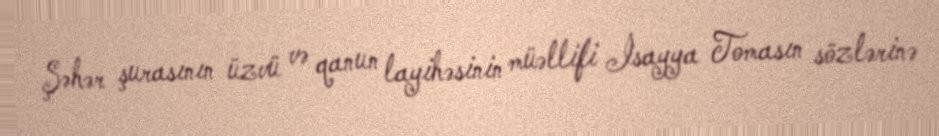
Şəhər şurasının üzvü və qanun layihəsinin müəllifi İsayya Tomasın sözlərinə